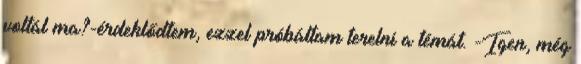
voltál ma?-érdeklődtem, ezzel próbáltam terelni a témát. -Igen, még